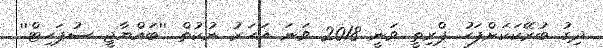
ދިގު ބުރޭކަކަށްފަހު ޕްރިތީ ވަނީ 2018 ވަނަ އަހަރު ނުކުތް ''ބައްޔާޖީ ސުޕަހިޓް''